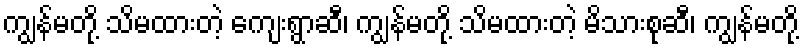
ကျွန်မတို့ သိမထားတဲ့ ကျေးရွာဆီ၊ ကျွန်မတို့ သိမထားတဲ့ မိသားစုဆီ၊ ကျွန်မတို့